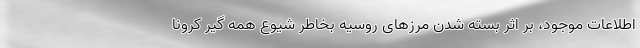
اطلاعات موجود، بر اثر بسته شدن مرزهای روسیه بخاطر شیوع همه گیر کرونا